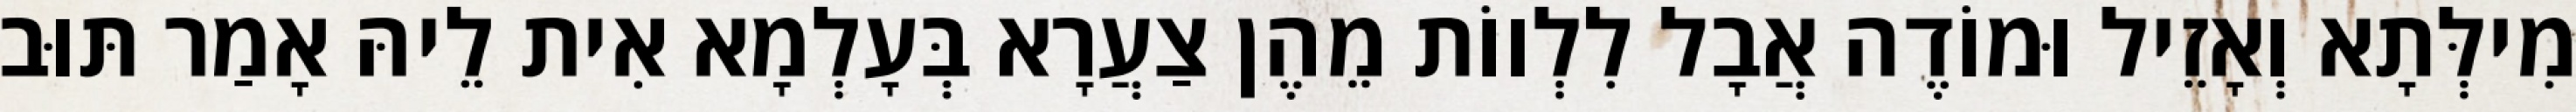
מִילְּתָא וְאָזֵיל וּמוֹדֶה אֲבָל לִלְווֹת מֵהֶן צַעֲרָא בְּעָלְמָא אִית לֵיהּ אָמַר תּוּב